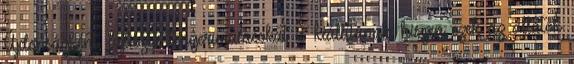
Újdonságként, fajtiszta tengerimalacokat is kiállítanak, hiszen ezek az állatok